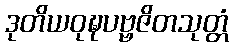
ဒုတိယဝုဍ္ဎပဗ္ဗဇိတသုတ္တံ